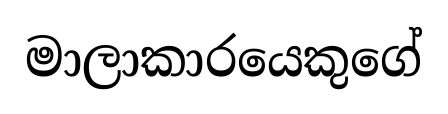
මාලාකාරයෙකුගේ